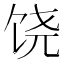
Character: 饶